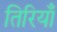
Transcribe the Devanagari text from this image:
तिरियाँ